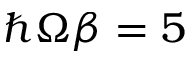
\hbar \Omega \beta = 5